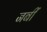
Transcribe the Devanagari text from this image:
नबीं